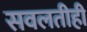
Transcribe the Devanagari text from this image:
सवलतीही